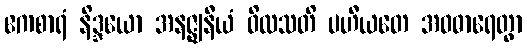
ဧကစာရံ နိဒ္ဒယော အနဇ္ဈနီယံ ဝိလသတိ ပဟီယတေ အဝဓာရေတွာ